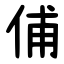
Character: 俌